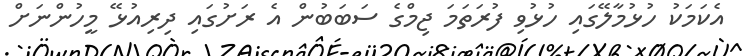
އެކަމަކު ހުޅުމާލޭގައި ހުޅުވި ފުރަތަމަ ޖިމްގެ ސަބަބުން އެ ރަށުގައި ދިރިއުޅޭ މީހުންނަށް